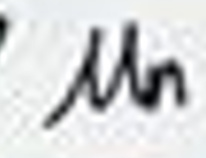
$\mu _{n}$